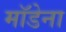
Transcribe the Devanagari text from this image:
मॉडेना